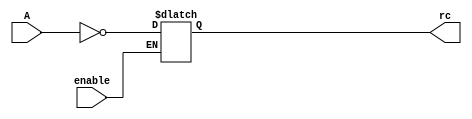
module complemento #(
    parameter inputsize = 4
)(/*clock,*/ A, enable, rc);

//input clock;
input [0:inputsize - 1] A;
input enable;
output reg [0:inputsize - 1] rc;

always @ (*) begin

    if (enable) begin
        rc <= ~A;
    end

end

endmodule